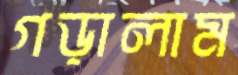
গড়ালাম